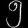
Digit: ၅